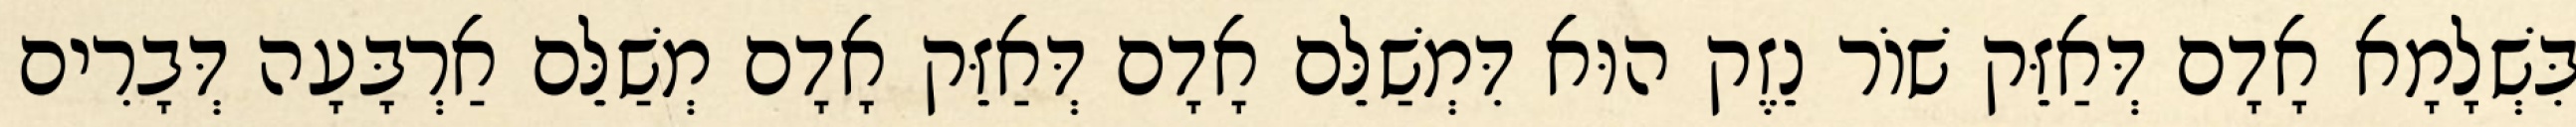
בִּשְׁלָמָא אָדָם דְּאַזֵּק שׁוֹר נֵזֶק הוּא דִּמְשַׁלֵּם אָדָם דְּאַזֵּק אָדָם מְשַׁלֵּם אַרְבָּעָה דְּבָרִים